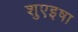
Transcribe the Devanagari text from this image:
शुएइषा